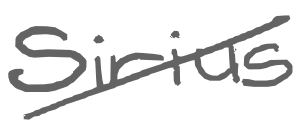
Text: Sirius
Cross-out: diagonal
Writing tool: digital_gray